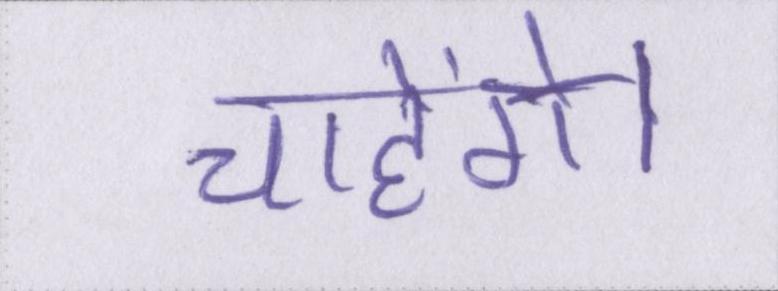
चाहेंगे।